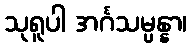
သုရူပါ အင်္ဂသမ္ပန္နာ၊